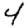
Digit: 4